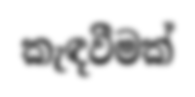
කැඳවීමක්